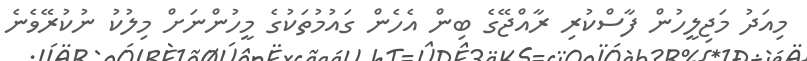
މިއަދު މަޖިލީހުން ފާސްކުރި ރާއްޖޭގެ ބިން އެހެން ގައުމުތަކުގެ މީހުންނަށް މިލުކު ނުކުރޭވެނެ